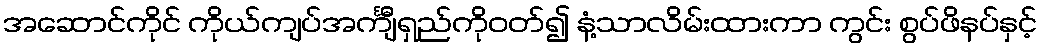
အဆောင်ကိုင် ကိုယ်ကျပ်အင်္ကျီရှည်ကိုဝတ်၍ နံ့သာလိမ်းထားကာ ကွင်း စွပ်ဖိနပ်နှင့်